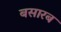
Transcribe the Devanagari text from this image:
बसारब